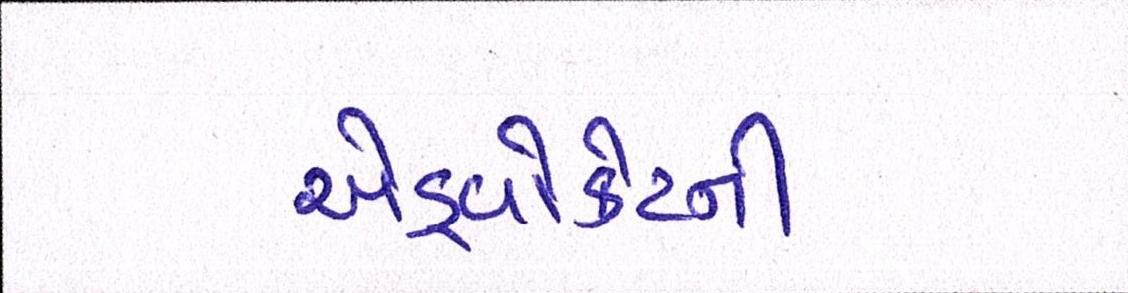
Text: એડ્વોકેટની